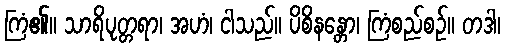
ကြံ၏။ သာရိပုတ္တရာ၊ အဟံ၊ ငါသည်။ ပိစိနန္တော၊ ကြံစည်စဉ်။ တဒါ၊